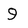
Character: 9